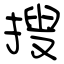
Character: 捜